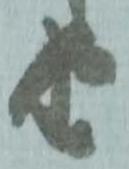
由